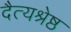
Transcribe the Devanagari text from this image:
दैत्यश्रेष्ठ